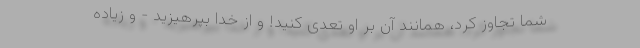
شما تجاوز کرد، همانند آن بر او تعدّی کنید! و از خدا بپرهیزید - و زیاده